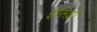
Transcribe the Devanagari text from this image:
इसिड्रो